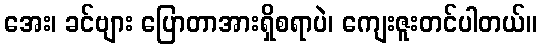
အေး၊ ခင်ဗျား ပြောတာအားရှိစရာပဲ၊ ကျေးဇူးတင်ပါတယ်။